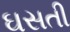
ઘસતી